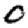
Digit: 0